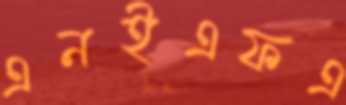
এনইএফএ